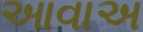
આવાઅ